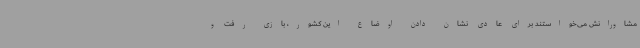
مشاورانش می‌خواستند برای عادی نشان دادن اوضاع این کشور، بازی رفت و